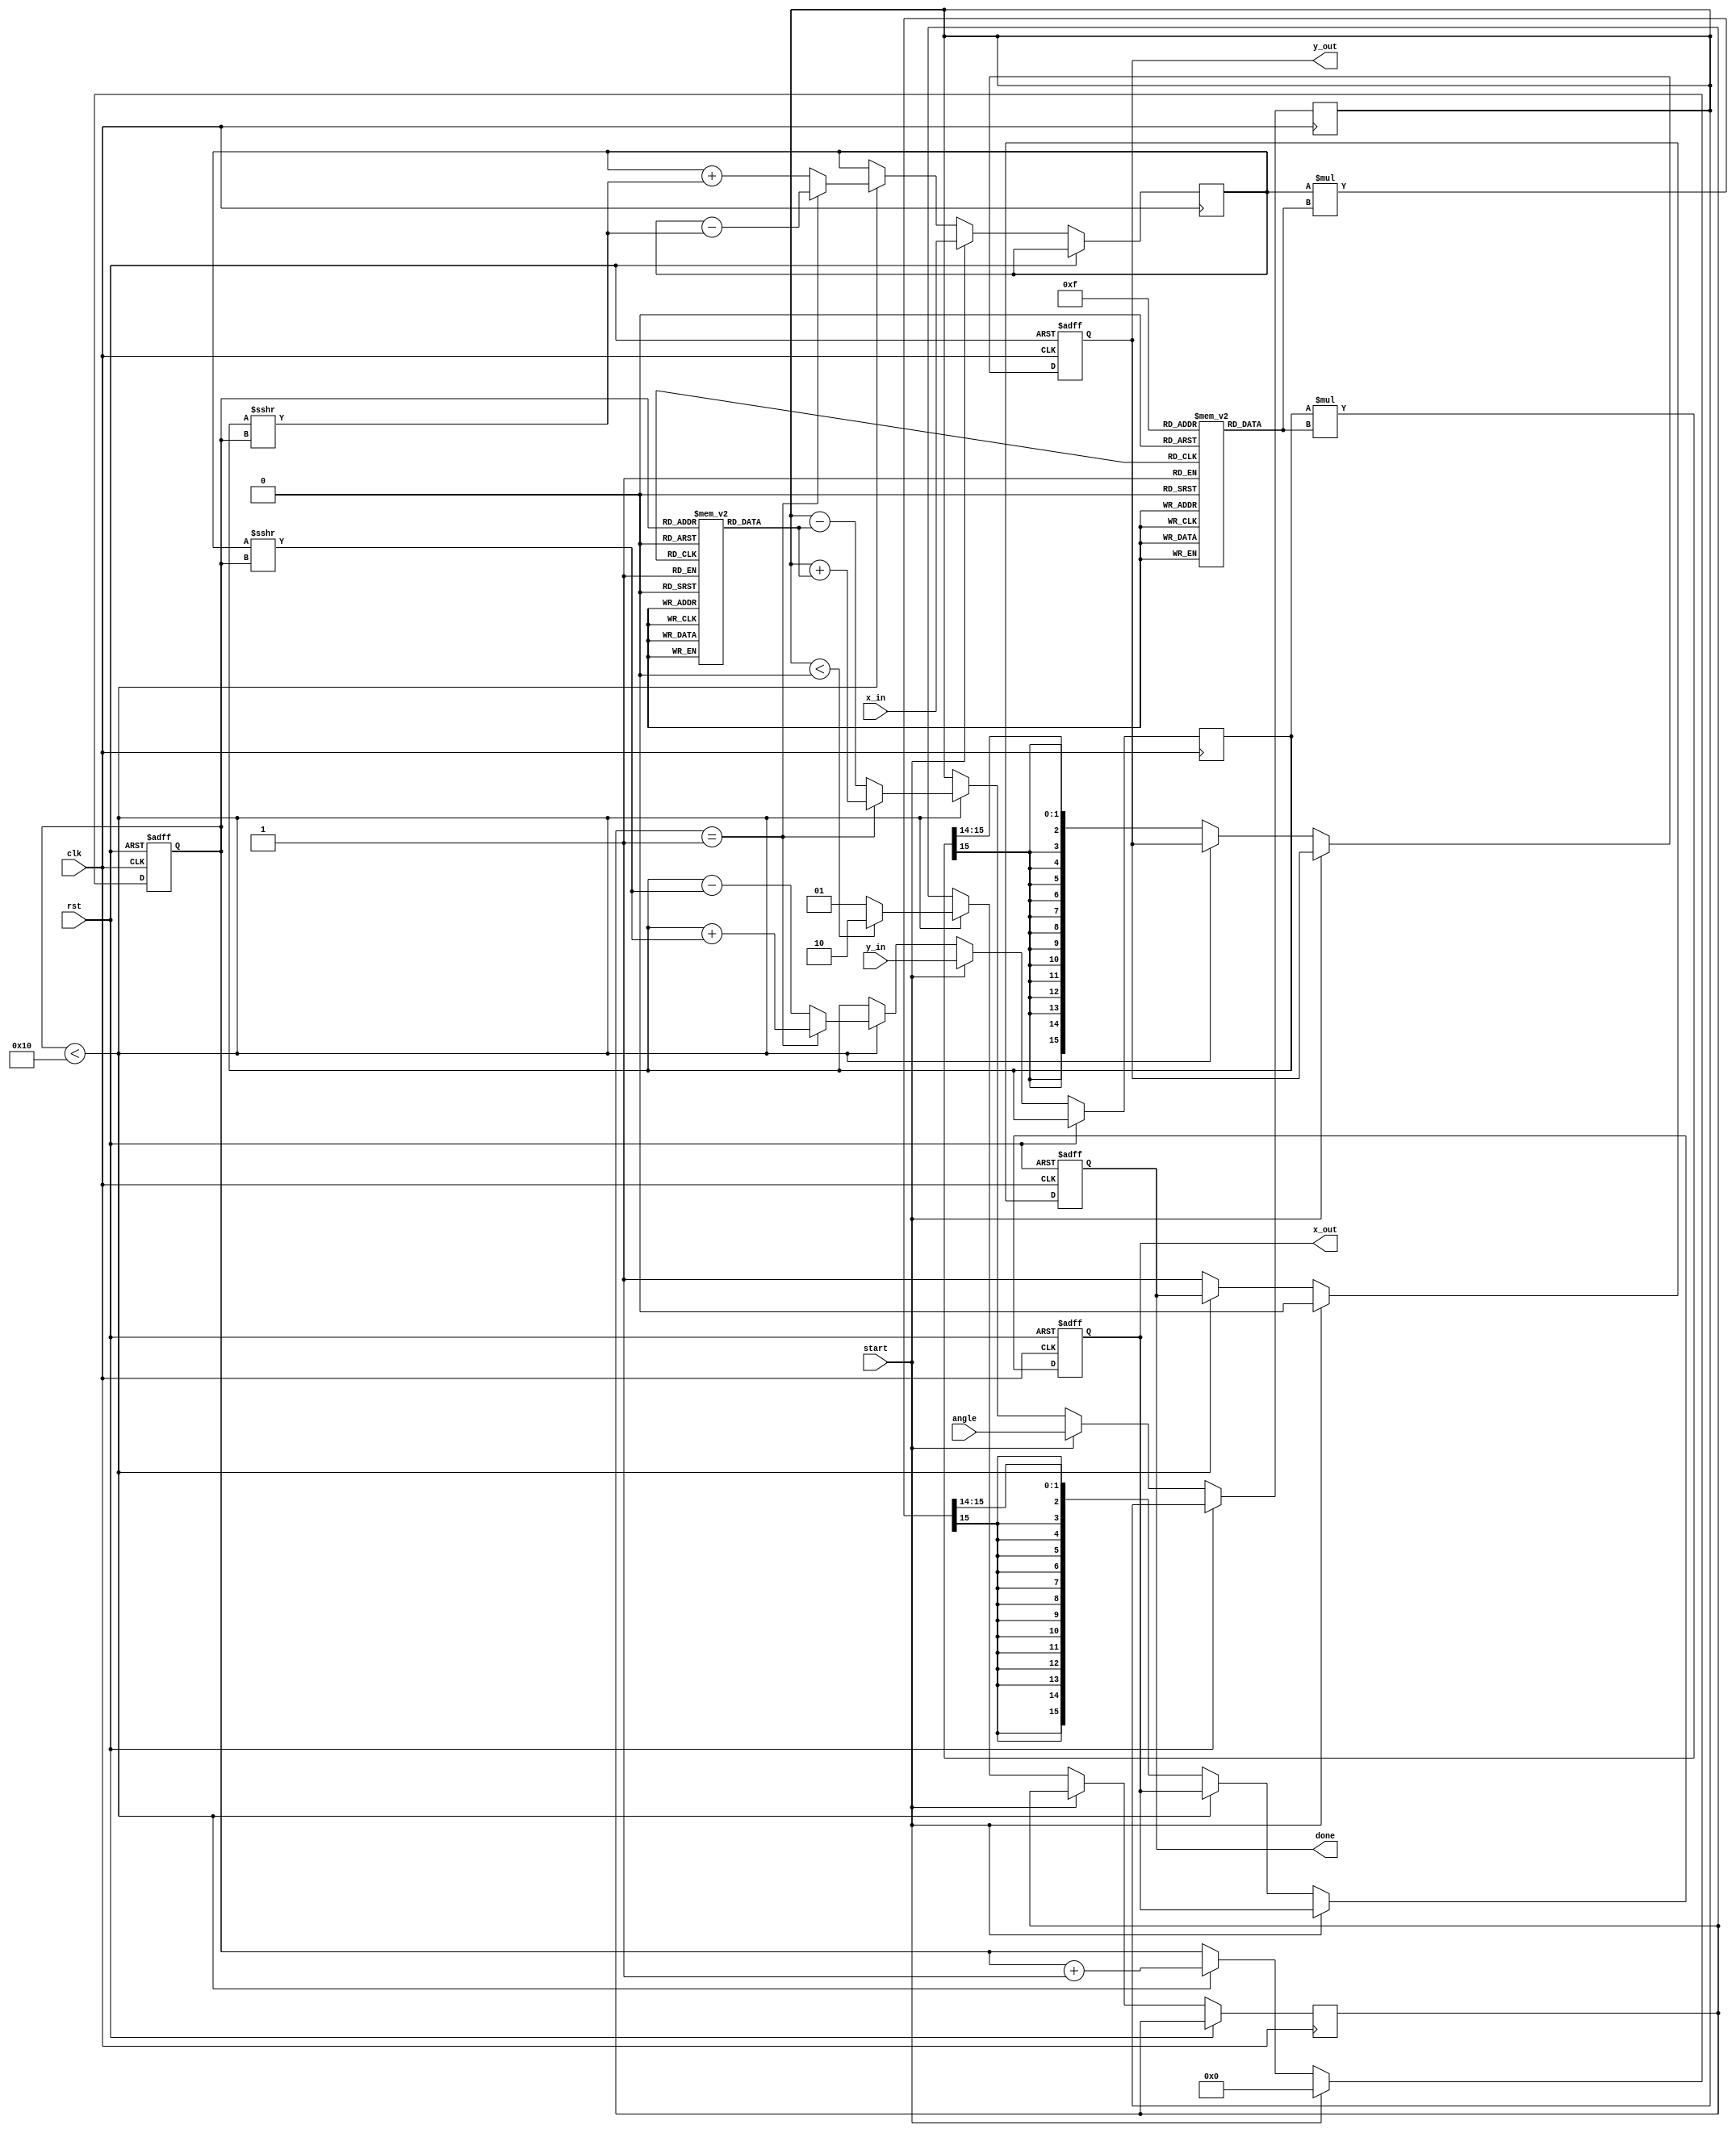
module cordic (
    input wire clk,
    input wire rst,
    input wire start,
    input wire signed [15:0] angle,      // Input angle in fixed-point format
    input wire signed [15:0] x_in,        // Initial x value
    input wire signed [15:0] y_in,        // Initial y value
    output reg signed [15:0] x_out,       // Output x (cosine)
    output reg signed [15:0] y_out,       // Output y (sine)
    output reg done                       // Done signal
);

// Parameters
parameter NUM_ITERATIONS = 16;
parameter FIXED_POINT_FRACTIONAL_BITS = 14; // Number of bits for the fractional part

// Lookup tables for angles (in fixed-point format) and scaling factors
reg signed [15:0] angle_lut [0:NUM_ITERATIONS-1];
reg signed [15:0] scale_lut [0:NUM_ITERATIONS-1];

// Internal registers
reg signed [15:0] x_reg, y_reg;
reg signed [15:0] angle_reg;
reg [3:0] iteration;
reg [1:0] direction; // 0: No rotation, 1: Clockwise, 2: Counter-clockwise

// Initializing LUTs
initial begin
    // Populate angle LUT with precomputed arctangent values (in fixed-point format)
    angle_lut[0] = 16'h0000; // atan(2^0)
    angle_lut[1] = 16'h2000; // atan(2^-1)
    angle_lut[2] = 16'h1000; // atan(2^-2)
    angle_lut[3] = 16'h0C90; // atan(2^-3)
    angle_lut[4] = 16'h0632; // atan(2^-4)
    angle_lut[5] = 16'h0319; // atan(2^-5)
    angle_lut[6] = 16'h0191; // atan(2^-6)
    angle_lut[7] = 16'h00C5; // atan(2^-7)
    angle_lut[8] = 16'h0062; // atan(2^-8)
    angle_lut[9] = 16'h0031; // atan(2^-9)
    angle_lut[10] = 16'h0018; // atan(2^-10)
    angle_lut[11] = 16'h000C; // atan(2^-11)
    angle_lut[12] = 16'h0006; // atan(2^-12)
    angle_lut[13] = 16'h0003; // atan(2^-13)
    angle_lut[14] = 16'h0001; // atan(2^-14)
    angle_lut[15] = 16'h0000; // atan(2^-15)

    // Populate scale LUT with scaling factors
    scale_lut[0] = 16'h26DD; // 1/sqrt(1 + 2^0)
    scale_lut[1] = 16'h1C71; // 1/sqrt(1 + 2^-1)
    scale_lut[2] = 16'h16C4; // 1/sqrt(1 + 2^-2)
    scale_lut[3] = 16'h0B60; // 1/sqrt(1 + 2^-3)
    scale_lut[4] = 16'h05A8; // 1/sqrt(1 + 2^-4)
    scale_lut[5] = 16'h02B4; // 1/sqrt(1 + 2^-5)
    scale_lut[6] = 16'h015A; // 1/sqrt(1 + 2^-6)
    scale_lut[7] = 16'h00B5; // 1/sqrt(1 + 2^-7)
    scale_lut[8] = 16'h005B; // 1/sqrt(1 + 2^-8)
    scale_lut[9] = 16'h002D; // 1/sqrt(1 + 2^-9)
    scale_lut[10] = 16'h0016; // 1/sqrt(1 + 2^-10)
    scale_lut[11] = 16'h000B; // 1/sqrt(1 + 2^-11)
    scale_lut[12] = 16'h0005; // 1/sqrt(1 + 2^-12)
    scale_lut[13] = 16'h0003; // 1/sqrt(1 + 2^-13)
    scale_lut[14] = 16'h0002; // 1/sqrt(1 + 2^-14)
    scale_lut[15] = 16'h0001; // 1/sqrt(1 + 2^-15)
end

always @(posedge clk or posedge rst) begin
    if (rst) begin
        iteration <= 0;
        done <= 0;
        x_out <= 0;
        y_out <= 0;
    end else if (start) begin
        // Initialize registers
        x_reg <= x_in;
        y_reg <= y_in;
        angle_reg <= angle;
        iteration <= 0;
        done <= 0;
    end else if (iteration < NUM_ITERATIONS) begin
        // Determine rotation direction
        if (angle_reg < 0) begin
            direction <= 2; // Counter-clockwise
        end else begin
            direction <= 1; // Clockwise
        end

        // Update angle and vector based on CORDIC equations
        if (direction == 1) begin
            angle_reg <= angle_reg + angle_lut[iteration];
            x_reg <= x_reg - (y_reg >>> iteration);
            y_reg <= y_reg + (x_reg >>> iteration);
        end else begin
            angle_reg <= angle_reg - angle_lut[iteration];
            x_reg <= x_reg + (y_reg >>> iteration);
            y_reg <= y_reg - (x_reg >>> iteration);
        end

        // Increment iteration
        iteration <= iteration + 1;
    end else begin
        // Final output with normalization
        x_out <= (x_reg * scale_lut[NUM_ITERATIONS-1]) >>> FIXED_POINT_FRACTIONAL_BITS;
        y_out <= (y_reg * scale_lut[NUM_ITERATIONS-1]) >>> FIXED_POINT_FRACTIONAL_BITS;
        done <= 1;
    end
end

endmodule